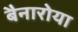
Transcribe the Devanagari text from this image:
बैनारोया